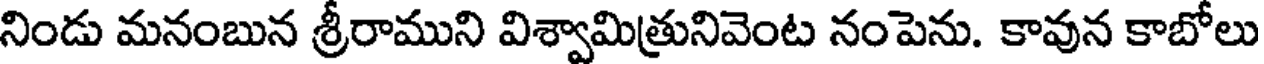
నిండు మనంబున శ్రీరాముని విశ్వామిత్రునివెంట నంపెను. కావున కాబోలు